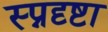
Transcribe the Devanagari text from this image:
स्प्नदृष्टा